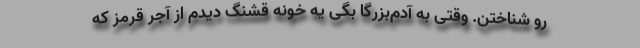
رو شناختن. وقتی به آدم‌بزرگا بگی یه خونه قشنگ دیدم از آجر قرمز که